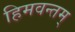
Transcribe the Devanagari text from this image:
हिमवन्तम्